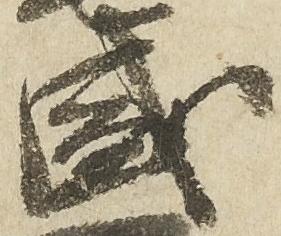
盛